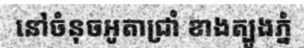
នៅចំនុចអូតាជ្រាំ ខាងត្បូងភ្នំ